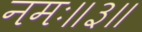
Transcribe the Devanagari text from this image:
नमः॥३॥